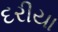
દરીયા